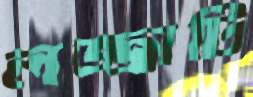
লজ্জাটি